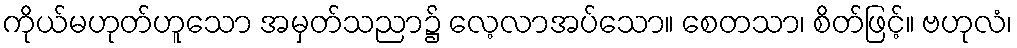
ကိုယ်မဟုတ်ဟူသော အမှတ်သညာ၌ လေ့လာအပ်သော။ စေတသာ၊ စိတ်ဖြင့်။ ဗဟုလံ၊